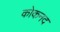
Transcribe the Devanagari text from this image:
कोकनद